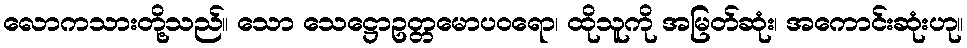
လောကသားတို့သည်။ သော သေဋ္ဌောဥတ္တမောပဝရော၊ ထိုသူကို အမြတ်ဆုံး၊ အကောင်းဆုံးဟု။